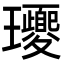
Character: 𤫕